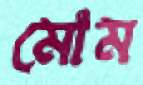
মোম